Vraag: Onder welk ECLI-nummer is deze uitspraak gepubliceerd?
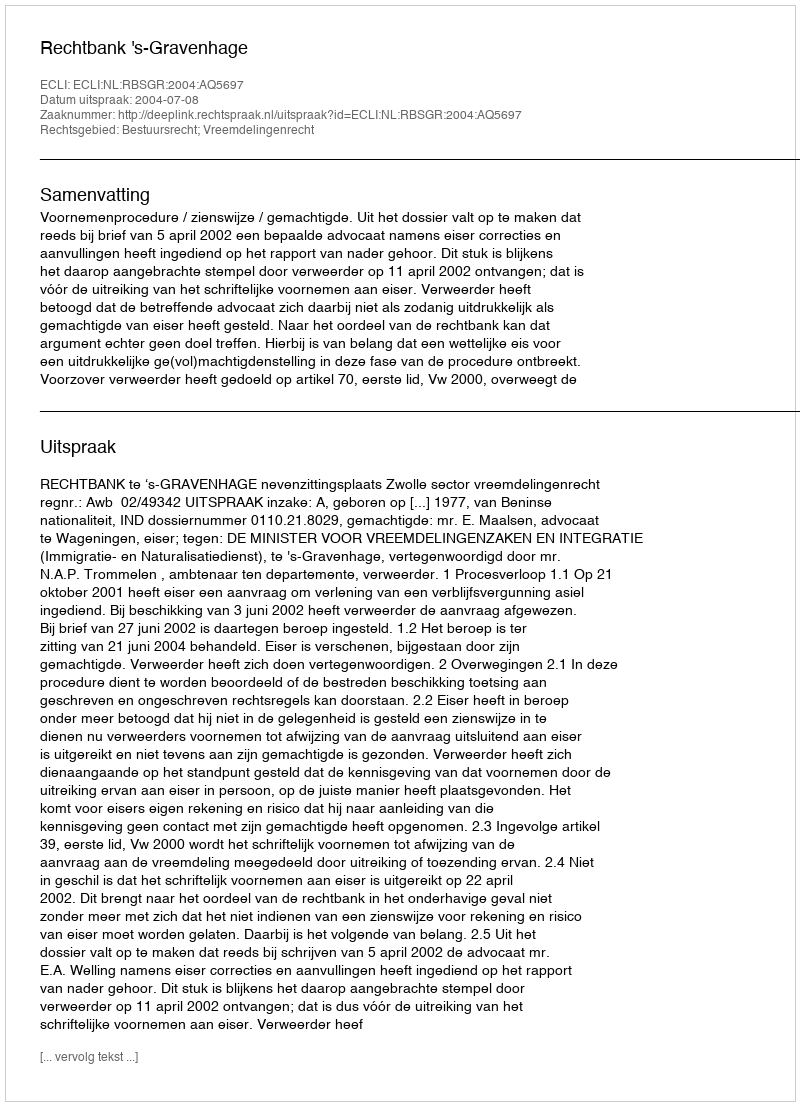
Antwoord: ECLI:NL:RBSGR:2004:AQ5697